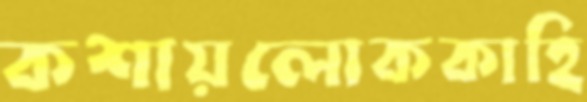
কশায়লোককাহি